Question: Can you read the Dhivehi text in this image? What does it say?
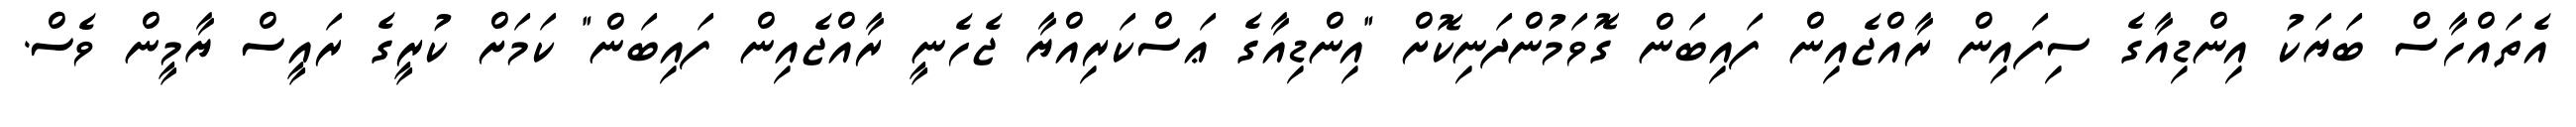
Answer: އެތައްހާސް ބަޔަކު އިންޑިއާގެ ސިފައިން ރާއްޖެއިން ފައިބަން ގޮވަމުންދަނިކޮށް "އިންޑިއާގެ ޢަސްކަރިއްޔާ ޖެހެނީ ރާއްޖެއިން ފައިބަން" ކަމަށް ކުރީގެ ރައީސް ޔާމީން ވެސް.